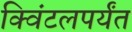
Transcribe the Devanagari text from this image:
क्विंटलपर्यंत